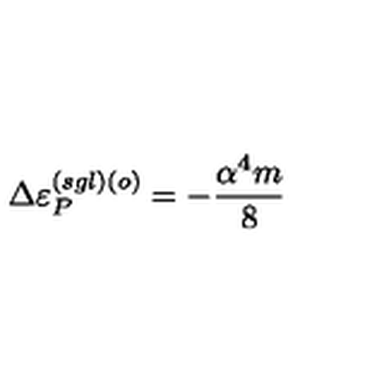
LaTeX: \Delta \varepsilon _ { P } ^ { ( s g l ) \left( o \right) } = - \frac { \alpha ^ { 4 } m } { 8 }